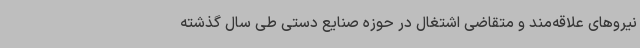
نیروهای علاقه‌مند و متقاضی اشتغال در حوزه صنایع دستی طی سال گذشته